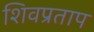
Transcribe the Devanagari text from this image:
शिवप्रताप